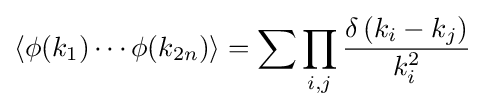
\left\langle \phi (k_{1})\cdots \phi (k_{2n})\right\rangle =\sum \prod _{i,j}{\frac {\delta \left(k_{i}-k_{j}\right)}{k_{i}^{2}}}